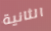
الثانية